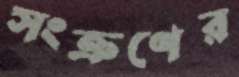
সংক্রণের